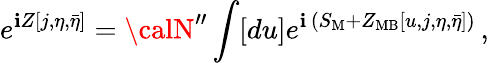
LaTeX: e^{\mathbf{i}Z[j,\eta,\bar{{\eta}}]}={\calN}^{\prime\prime}\int[du]e^{\mathbf{i}\, (S_{\mathrm{{M}}}+Z_{\mathrm{{MB}}}[u,j,\eta,\bar{{\eta}}])}\, ,